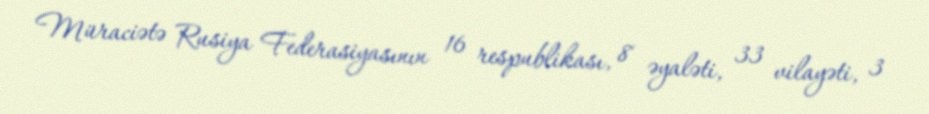
Müraciətə Rusiya Federasiyasının 16 respublikası, 8 əyaləti, 33 vilayəti, 3